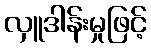
လှူဒါန်းမှုဖြင့်